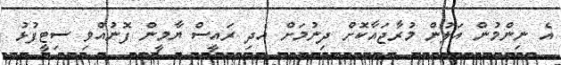
އެ ނިންމުން އަލުން މުރާޖައާކޮށް ދިނުމަށް އެދި ރައީސް ޔާމީން ފޮނުއްވި ސިޓީފުޅު